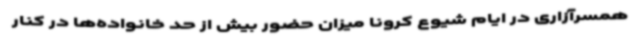
همسرآزاری در ایام شیوع کرونا میزان حضور بیش از حد خانواده‌ها در کنار